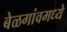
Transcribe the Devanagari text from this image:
बेळगांवमध्ये